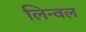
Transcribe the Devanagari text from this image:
लिन्वल